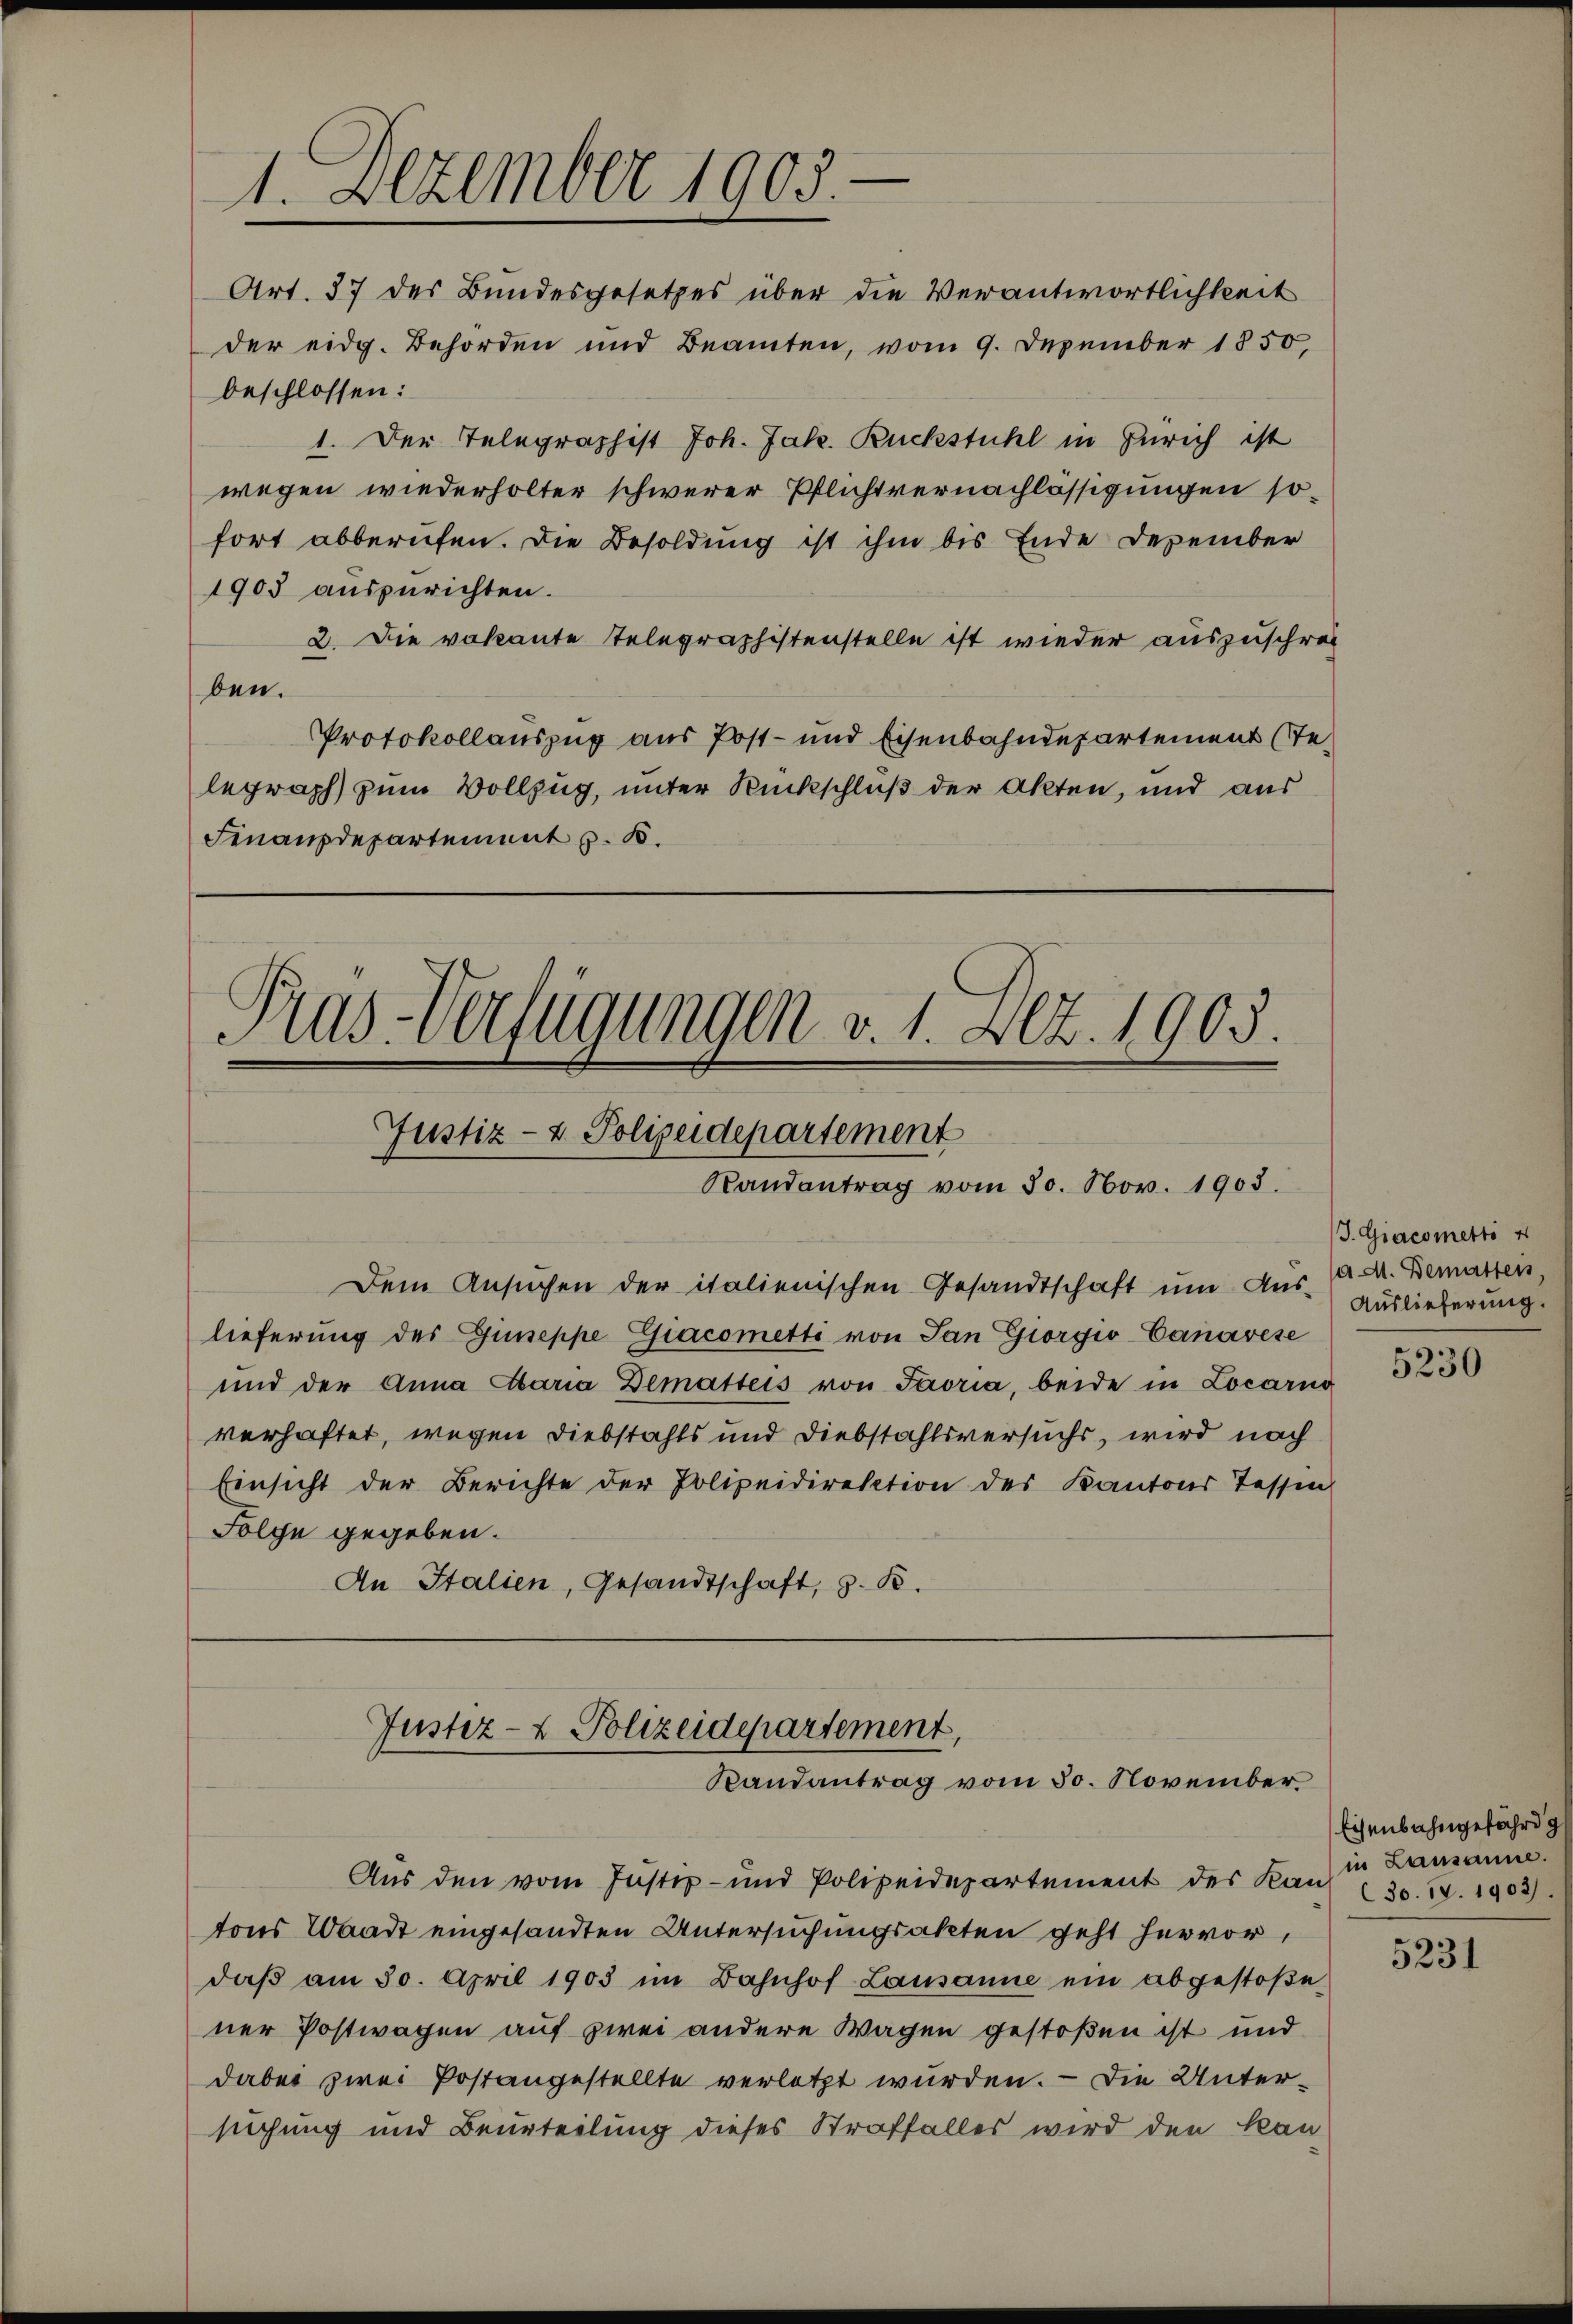
1. Dezember 1905.

Art. 37 des Bundesgesetzes über die Verantwortlichkeit
der eidg. Behörden und Beamten, vom 9. Dezember 1850,
beschlossen:
1. Der Telegraphist Joh. Jak. Ruckstuhl in Zürich ist
wegen wiederholter schwerer Pflichtvernachlässigungen sofort abberufen. Die Besoldung ist ihm bis Ende Dezember
1903 auszurichten.
2. Die vakante Telegraphistenstelle ist wieder auszuschrä
ben.
Protokollauszug aus Post- und Eisenbahndepartement Telegraph zum Vollzug, unter Rückschluß der Akten, und aus
Finanzdepartement z. B.

Dem Ansuchen der italienischen Gesandtschaft um Aus- (Dr. Bematten,
lieferung des Gieppe Giacometti von San Giorgio-Canarese
und der Anna Alaria Dematteis von Javria, beide in Locarno
verhaftet, wegen Diebstahls und Diebstahlsversuchs, wird nach
Einsicht der Berichte der Polizeidirektion des Kantons Tessin
Folge gegeben.
An Italien, Gesandtschaft, z. B.

Pras-Verfügungen v. 1. Dez. 1903.
Justiz- & Polizeidepartement
Randantrag vom 30. Nov. 1903.

Justiz- & Polizeidepartement,
Randantrag vom 30. November

Aus den vom Justiz- und Polizeidepartement des Kaŭf 30. v. 1903).
tons Waadt eingesandten Untersuchungsakten geht hervor,
daβ am 30. April 1903 im Bahnhof Lausanne ein abgestoβe-
ner Postwagen auf zwei andere Wagen gestoßen ist und
dabei zwei Postangestellte verletzt wurden. — Die Untersuchung und Beurteilung dieses Straffalles wird den kan

J. Giacometti
Auslieferung.

5230

Eisenbahngefährd g
in Lausanne.

5231